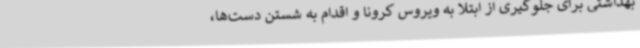
بهداشتی برای جلوگیری از ابتلا به ویروس کرونا و اقدام به شستن دست‌ها،